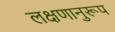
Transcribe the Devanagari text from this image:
लक्षणानुरूप